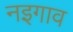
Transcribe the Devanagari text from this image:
नइगाव